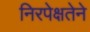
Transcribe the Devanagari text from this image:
निरपेक्षतेने